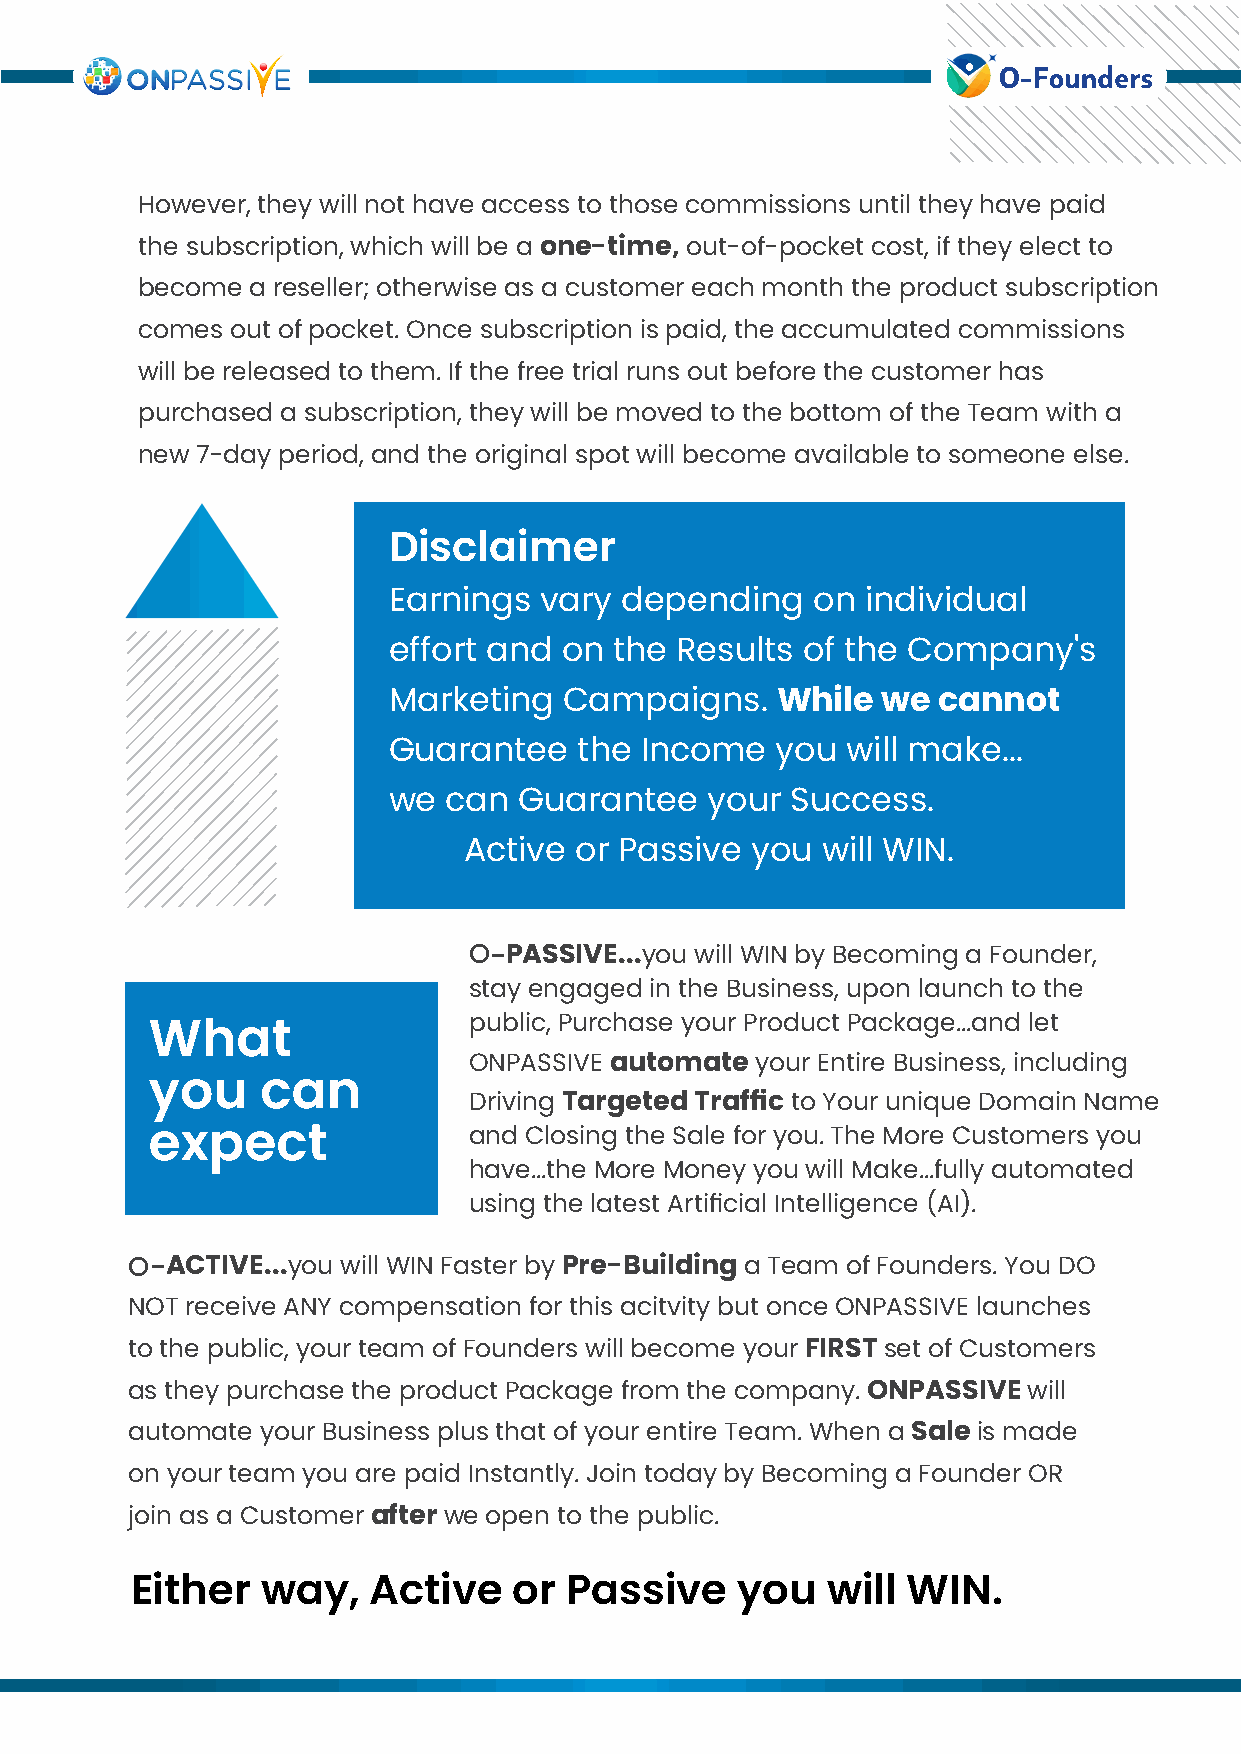
However, they will not have access to those commissions until they have paid
 the subscription, which will be a one-time, out-of-pocket cost, if they elect to
 become  a reseller; otherwise as a customer each month the product subscription
 comes out of pocket. Once subscription is paid, the accumulated commissions
 will be released to them. If the free trial runs out before the customer has
 purchased a subscription, they will be moved to the bottom of the Team with a
 new 7-day period, and the original spot will become available to someone else.
 Disclaimer
 Earnings  vary depending    on individual
 effort and on  the Results of the Company's
 Marketing  Campaigns.    While  we  cannot
 Guarantee   the Income   you  will make...
 we can  Guarantee    your Success.
 Active or Passive  you will WIN.
 O-PASSIVE...you will WIN by Becoming a Founder,
 stay engaged in the Business, upon launch to the
 public, Purchase your Product Package...and let
 What
 ONPASSIVE automate your Entire Business, including
 you    can
 Driving Targeted Traffic to Your unique Domain Name
 expect               and Closing the Sale for you. The More Customers you
 have...the More Money you will Make...fully automated
 using the latest Artificial Intelligence (AI).
 O-ACTIVE...you will WIN Faster by Pre-Building a Team of Founders. You DO
 NOT receive ANY compensation for this acitvity but once ONPASSIVE launches
 to the public, your team of Founders will become your FIRST set of Customers
 as they purchase the product Package from the company. ONPASSIVE will
 automate your Business plus that of your entire Team. When a Sale is made
 on your team you are paid Instantly. Join today by Becoming a Founder OR
 join as a Customer after we open to the public.
 Either  way,   Active    or  Passive    you   will WIN.